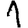
Digit: 1